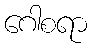
ဂေါစရာ